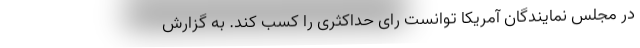
در مجلس نمایندگان آمریکا توانست رای حداکثری را کسب کند. به گزارش